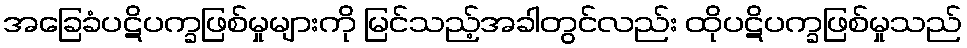
အခြေခံပဋိပက္ခဖြစ်မှုများကို မြင်သည့်အခါတွင်လည်း ထိုပဋိပက္ခဖြစ်မှုသည်